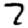
Digit: 7